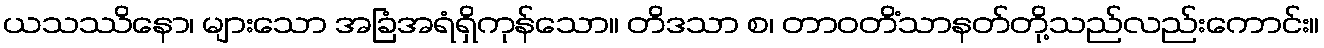
ယသဿိနော၊ များသော အခြံအရံရှိကုန်သော။ တိဒသာ စ၊ တာဝတိံသာနတ်တို့သည်လည်းကောင်း။